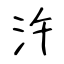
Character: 汻